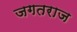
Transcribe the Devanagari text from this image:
जगतराज